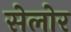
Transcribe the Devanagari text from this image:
सेलोर